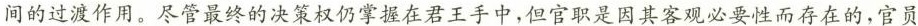
间的过渡作用，尽管最终的决策权仍掌握在君王手中，但官职是因其客观必要性而存在的，官员